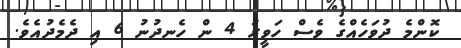
ކޮންމެ ދުވަހެއްގެ ވެސް ހަވީރު 4 ން ހެނދުނު 6 އި ދެމެދުއެވެ.